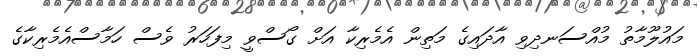
މައުލޫމާތު މުއްސަނދިވި އާދައިގެ މަތިން އެމެރިކާ އަށް ގޯސްވީ މިފަހަރު ވެސް ހަމާސްއެމެރިކާގެ